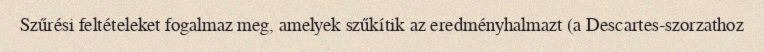
Szűrési feltételeket fogalmaz meg, amelyek szűkítik az eredményhalmazt (a Descartes-szorzathoz